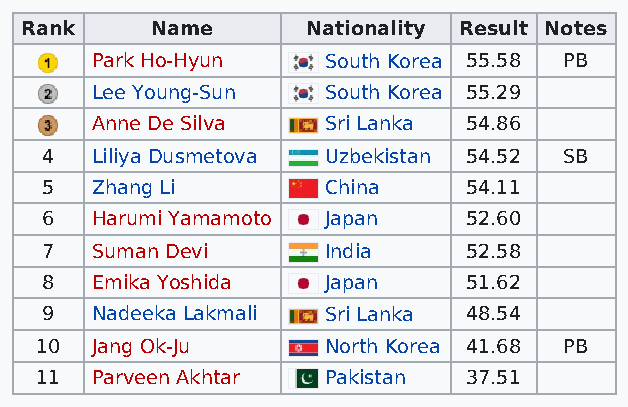
Rank     Name      Nationality Result Notes
 Park Ho-Hyun   South Korea 55.58 PB
 Lee Young-Sun  South Korea 55.29
 Anne De Silva  Sri Lanka 54.86
 4  Liliya Dusmetova Uzbekistan 54.52 SB
 5  Zhang Li       China     54.11
 6  Harumi Yamamoto Japan    52.60
 7  Suman Devi     India     52.58
 8  Emika Yoshida  Japan     51.62
 9  Nadeeka Lakmali Sri Lanka 48.54
 10  Jang Ok-Ju     North Korea 41.68 PB
 11  Parveen Akhtar Pakistan  37.51